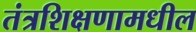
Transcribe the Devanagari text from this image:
तंत्रशिक्षणामधील